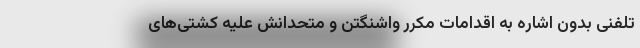
تلفنی بدون اشاره به اقدامات مکرر واشنگتن و متحدانش علیه کشتی‌های